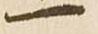
一